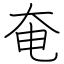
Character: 奄